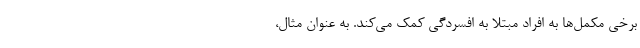
برخی مکمل‌ها به افراد مبتلا به افسردگی کمک می‌کند. به عنوان مثال،